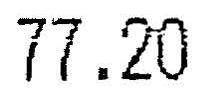
77.20